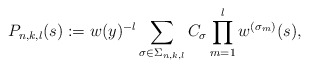
\begin{align*} P_{n,k,l}(s) := w(y)^{-l} \sum_{\sigma\in\Sigma_{n,k,l}} C_{\sigma} \prod_{m=1}^l w^{(\sigma_m)}(s), \end{align*}